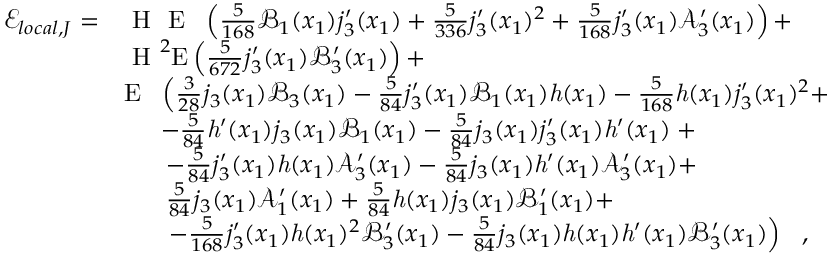
\begin{array} { r l } { \mathcal { E } _ { l o c a l , J } = } & { \textup { H } \textup { E } \ \left( \frac { 5 } { 1 6 8 } \mathcal { B } _ { 1 } ( x _ { 1 } ) j _ { 3 } ^ { \prime } ( x _ { 1 } ) + \frac { 5 } { 3 3 6 } j _ { 3 } ^ { \prime } ( x _ { 1 } ) ^ { 2 } + \frac { 5 } { 1 6 8 } j _ { 3 } ^ { \prime } ( x _ { 1 } ) \mathcal { A } _ { 3 } ^ { \prime } ( x _ { 1 } ) \right) + } \\ & { \textup { H } ^ { 2 } \mathrm { E } \left( \frac { 5 } { 6 7 2 } j _ { 3 } ^ { \prime } ( x _ { 1 } ) \mathcal { B } _ { 3 } ^ { \prime } ( x _ { 1 } ) \right) + } \\ & { \mathrm { E } \ \ \left( \frac { 3 } { 2 8 } j _ { 3 } ( x _ { 1 } ) \mathcal { B } _ { 3 } ( x _ { 1 } ) - \frac { 5 } { 8 4 } j _ { 3 } ^ { \prime } ( x _ { 1 } ) \mathcal { B } _ { 1 } ( x _ { 1 } ) \mathit { h } ( x _ { 1 } ) - \frac { 5 } { 1 6 8 } \mathit { h } ( x _ { 1 } ) j _ { 3 } ^ { \prime } ( x _ { 1 } ) ^ { 2 } + \right. } \\ & { \ \ \ \ \left. - \frac { 5 } { 8 4 } \mathit { h } ^ { \prime } ( x _ { 1 } ) j _ { 3 } ( x _ { 1 } ) \mathcal { B } _ { 1 } ( x _ { 1 } ) - \frac { 5 } { 8 4 } j _ { 3 } ( x _ { 1 } ) j _ { 3 } ^ { \prime } ( x _ { 1 } ) \mathit { h } ^ { \prime } ( x _ { 1 } ) \right. + } \\ & { \ \ \ \ \ - \frac { 5 } { 8 4 } j _ { 3 } ^ { \prime } ( x _ { 1 } ) \mathit { h } ( x _ { 1 } ) \mathcal { A } _ { 3 } ^ { \prime } ( x _ { 1 } ) - \frac { 5 } { 8 4 } j _ { 3 } ( x _ { 1 } ) \mathit { h } ^ { \prime } ( x _ { 1 } ) \mathcal { A } _ { 3 } ^ { \prime } ( x _ { 1 } ) + } \\ & { \ \ \ \ \ \frac { 5 } { 8 4 } j _ { 3 } ( x _ { 1 } ) \mathcal { A } _ { 1 } ^ { \prime } ( x _ { 1 } ) + \frac { 5 } { 8 4 } \mathit { h } ( x _ { 1 } ) j _ { 3 } ( x _ { 1 } ) \mathcal { B } _ { 1 } ^ { \prime } ( x _ { 1 } ) + } \\ & { \ \ \ \ \ \left. - \frac { 5 } { 1 6 8 } j _ { 3 } ^ { \prime } ( x _ { 1 } ) \mathit { h } ( x _ { 1 } ) ^ { 2 } \mathcal { B } _ { 3 } ^ { \prime } ( x _ { 1 } ) - \frac { 5 } { 8 4 } j _ { 3 } ( x _ { 1 } ) \mathit { h } ( x _ { 1 } ) \mathit { h } ^ { \prime } ( x _ { 1 } ) \mathcal { B } _ { 3 } ^ { \prime } ( x _ { 1 } ) \right) \ \ , } \end{array}